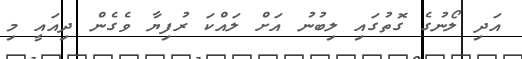
އަދި ލޯނުގެ ގޮތުގައި ލިބުނު އަށް ލައްކަ ރުފިޔާ ވެގެން ދިއައީ މި